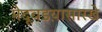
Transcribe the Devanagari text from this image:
मेदूवडय़ासारखे